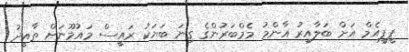
ޕީޕީއެމް އަށް ބަލާއިރު އާންމު މެމްބަރުންގެ ގިނަ ބަޔަކު ރައީސް މައުމޫނަށް ތާއީދު